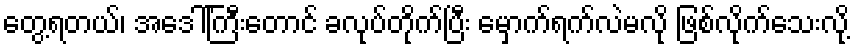
တွေ့ရတယ်၊ အဒေါ်ကြီးတောင် ခလုပ်တိုက်ပြီး မှောက်ရက်လဲမလို ဖြစ်လိုက်သေးလို့